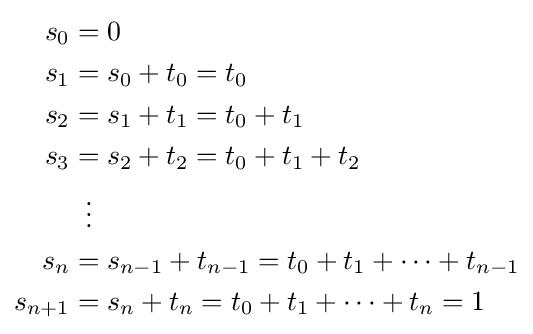
{\begin{aligned}s_{0}&=0\\s_{1}&=s_{0}+t_{0}=t_{0}\\s_{2}&=s_{1}+t_{1}=t_{0}+t_{1}\\s_{3}&=s_{2}+t_{2}=t_{0}+t_{1}+t_{2}\\&\;\;\vdots \\s_{n}&=s_{n-1}+t_{n-1}=t_{0}+t_{1}+\cdots +t_{n-1}\\s_{n+1}&=s_{n}+t_{n}=t_{0}+t_{1}+\cdots +t_{n}=1\end{aligned}}